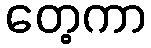
တေ့ကာ